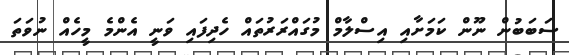
ސަބަބުން ނޫން ކަމަށާއި އިސްލާމް މުގައްރަރުތައް ހެދިފައި ވަނީ އެންމެ މީހެއް ނުވަތަ